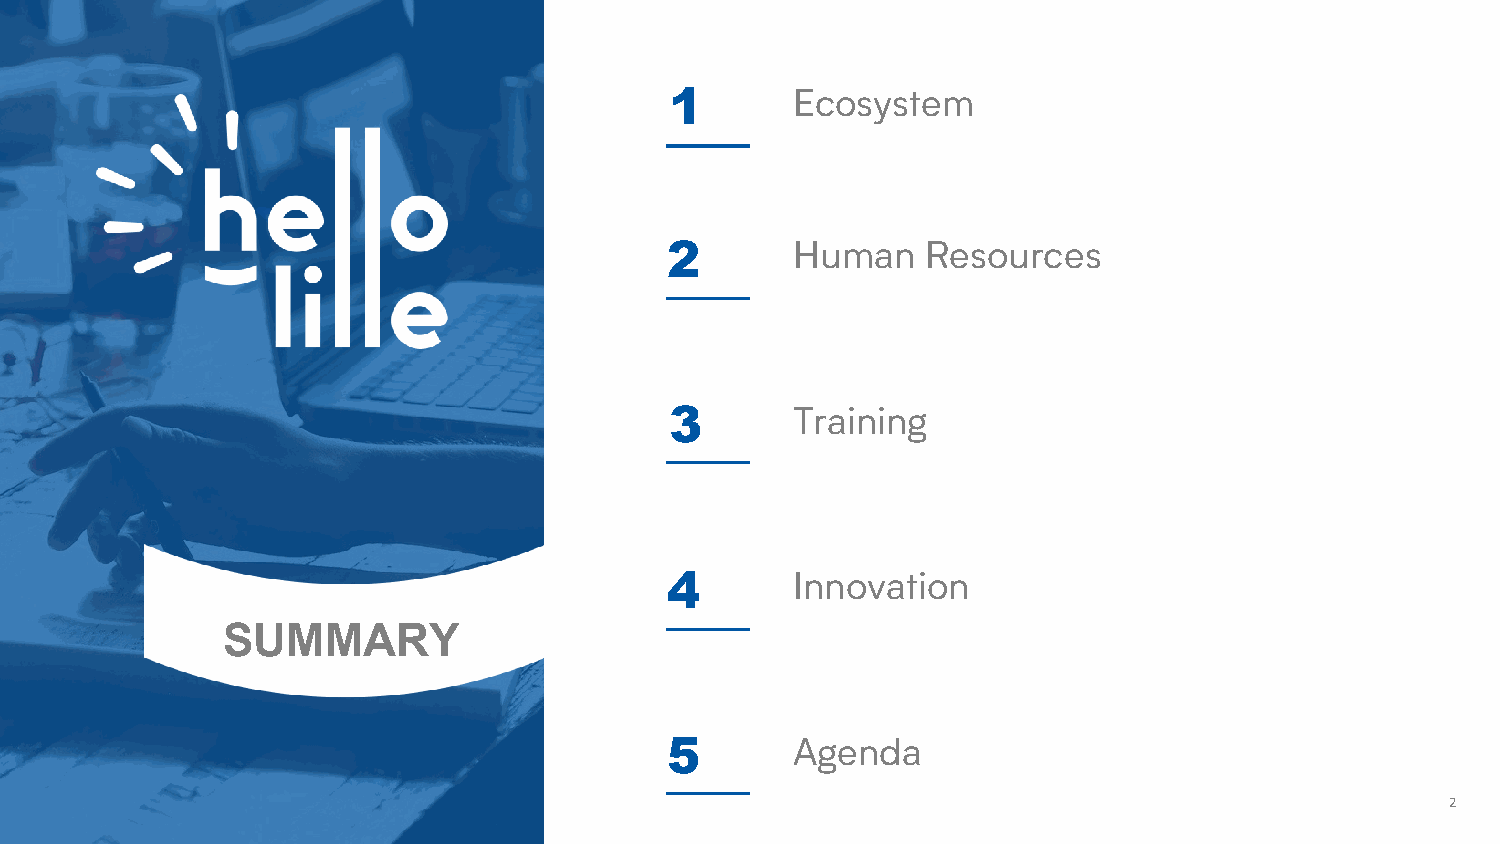
1       Ecosystem
 2       Human    Resources
 3       Training
 4       Innovation
 SUMMARY
 5       Agenda
 2